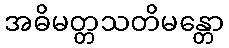
အဓိမတ္တသတိမန္တော